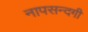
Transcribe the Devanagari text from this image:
नापसन्दगी